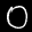
Label: 0